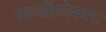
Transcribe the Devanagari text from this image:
प्राणलिंगेश्‍वरा